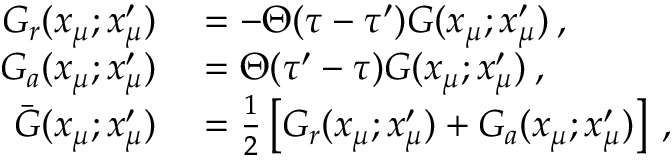
\begin{array} { r l } { G _ { r } ( x _ { \mu } ; x _ { \mu } ^ { \prime } ) } & { { } = - \Theta ( \tau - \tau ^ { \prime } ) G ( x _ { \mu } ; x _ { \mu } ^ { \prime } ) \: , } \\ { G _ { a } ( x _ { \mu } ; x _ { \mu } ^ { \prime } ) } & { { } = \Theta ( \tau ^ { \prime } - \tau ) G ( x _ { \mu } ; x _ { \mu } ^ { \prime } ) \: , } \\ { \bar { G } ( x _ { \mu } ; x _ { \mu } ^ { \prime } ) } & { { } = \frac { 1 } { 2 } \left[ G _ { r } ( x _ { \mu } ; x _ { \mu } ^ { \prime } ) + G _ { a } ( x _ { \mu } ; x _ { \mu } ^ { \prime } ) \right] \: , } \end{array}